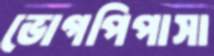
ভোগপিপাসা